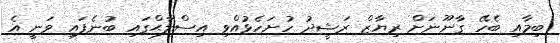
ބިމާއި ބެހޭ ގާނޫނަށް ރިޔާޒް ރަޝީދު ހުށަހެޅުއްވި އިސްލާޙްގައި ބުނެފައި ވަނީ އެ